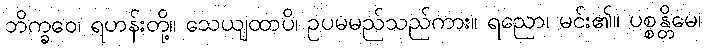
ဘိက္ခဝေ၊ ရဟန်းတို့။ သေယျထာပိ၊ ဥပမမည်သည်ကား။ ရညော၊ မင်း၏။ ပစ္စန္တိမေ၊